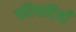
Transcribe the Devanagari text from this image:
परिपाटियाँ